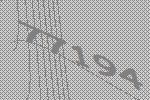
77194